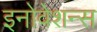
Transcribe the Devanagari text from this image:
इनोवेशन्स